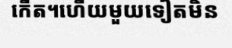
កើត។ហើយមួយទៀតមិន